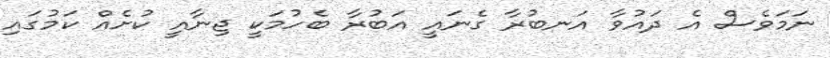
ނަމަވެސް އެ ދައުވާ އަނބުރާ ގެނައީ އަބުރާ ބެހުމަކީ ޖިނާއީ ކުށެއް ކަމުގައި